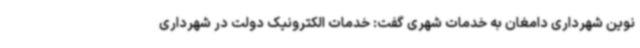
نوین شهرداری دامغان به خدمات شهری گفت: خدمات الکترونیک دولت در شهرداری